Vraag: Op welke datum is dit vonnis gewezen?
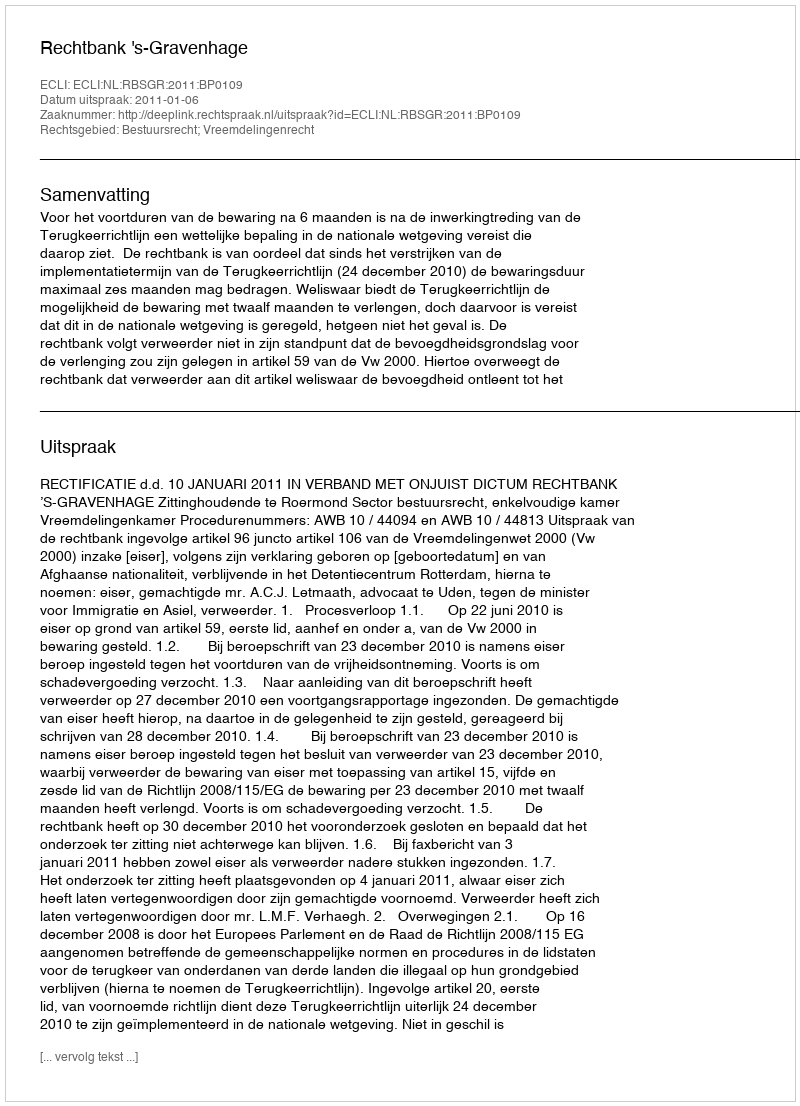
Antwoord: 2011-01-06